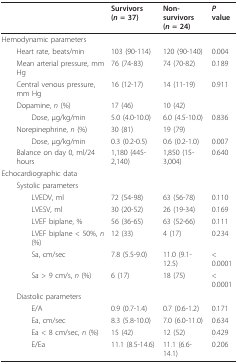
<table><thead><tr><td></td><td><b>Survivors(<i>n </i>= 37)</b></td><td><b>Non-survivors(<i>n </i>= 24)</b></td><td><b><i>P </i>value</b></td></tr></thead><tbody><tr><td>Hemodynamic parameters</td><td></td><td></td><td></td></tr><tr><td> Heart rate, beats/min</td><td>103 (90-114)</td><td>120 (90-140)</td><td>0.004</td></tr><tr><td> Mean arterial pressure, mm Hg</td><td>76 (74-83)</td><td>74 (70-82)</td><td>0.189</td></tr><tr><td> Central venous pressure, mm Hg</td><td>16 (12-17)</td><td>14 (11-19)</td><td>0.911</td></tr><tr><td> Dopamine, <i>n </i>(%)</td><td>17 (46)</td><td>10 (42)</td><td></td></tr><tr><td>Dose, μg/kg/min</td><td>5.0 (4.0-10.0)</td><td>6.0 (4.5-10.0)</td><td>0.836</td></tr><tr><td> Norepinephrine, <i>n </i>(%)</td><td>30 (81)</td><td>19 (79)</td><td></td></tr><tr><td>Dose, μg/kg/min</td><td>0.3 (0.2-0.5)</td><td>0.6 (0.2-1.0)</td><td>0.007</td></tr><tr><td> Balance on day 0, ml/24 hours</td><td>1,180 (445-2,140)</td><td>1,850 (15-3,004)</td><td>0.640</td></tr><tr><td>Echocardiographic data</td><td></td><td></td><td></td></tr><tr><td> Systolic parameters</td><td></td><td></td><td></td></tr><tr><td>LVEDV, ml</td><td>72 (54-98)</td><td>63 (56-78)</td><td>0.110</td></tr><tr><td>LVESV, ml</td><td>30 (20-52)</td><td>26 (19-34)</td><td>0.169</td></tr><tr><td>LVEF biplane, %</td><td>56 (36-65)</td><td>63 (52-66)</td><td>0.111</td></tr><tr><td>LVEF biplane &lt; 50%, <i>n </i>(%)</td><td>12 (33)</td><td>4 (17)</td><td>0.234</td></tr><tr><td>Sa, cm/sec</td><td>7.8 (5.5-9.0)</td><td>11.0 (9.1-12.5)</td><td>&lt; 0.0001</td></tr><tr><td>Sa &gt; 9 cm/s, <i>n </i>(%)</td><td>6 (17)</td><td>18 (75)</td><td>&lt; 0.0001</td></tr><tr><td> Diastolic parameters</td><td></td><td></td><td></td></tr><tr><td>E/A</td><td>0.9 (0.7-1.4)</td><td>0.7 (0.6-1.2)</td><td>0.171</td></tr><tr><td>Ea, cm/sec</td><td>8.3 (5.8-10.0)</td><td>7.0 (6.0-11.0)</td><td>0.634</td></tr><tr><td>Ea &lt; 8 cm/sec, <i>n </i>(%)</td><td>15 (42)</td><td>12 (52)</td><td>0.429</td></tr><tr><td>E/Ea</td><td>11.1 (8.5-14.6)</td><td>11.1 (6.6-14.1)</td><td>0.206</td></tr></tbody></table>